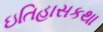
ઇતિહાસકથા